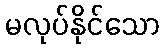
မလုပ်နိုင်သော